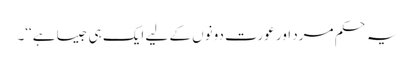
یہ حکم مرد اور عورت دونوں کے لیے ایک ہی جیسا ہے‘‘۔